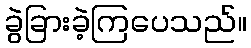
ခွဲခြားခဲ့ကြပေသည်။